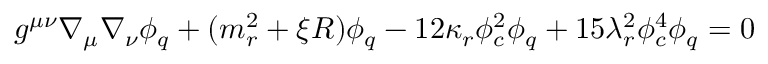
g ^ { \mu \nu } \nabla _ { \mu } \nabla _ { \nu } \phi _ { q } + ( m _ { r } ^ { 2 } + \xi R ) \phi _ { q } - 1 2 \kappa _ { r } \phi _ { c } ^ { 2 } \phi _ { q } + 1 5 \lambda _ { r } ^ { 2 } \phi _ { c } ^ { 4 } \phi _ { q } = 0